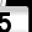
Digit: 5